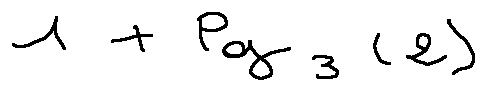
1 + \log _ { 3 } ( 2 )